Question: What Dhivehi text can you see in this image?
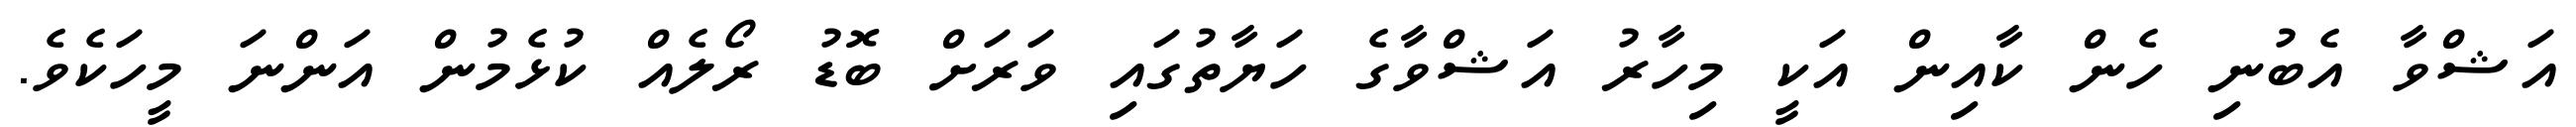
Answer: އަޝްވާ އެބުނި ހެން ކާއިން އަކީ މިހާރު އަޝްވާގެ ހަޔާތުގައި ވަރަށް ބޮޑު ރޯލެއް ކުޅެމުން އަންނަ މީހަކެވެ.